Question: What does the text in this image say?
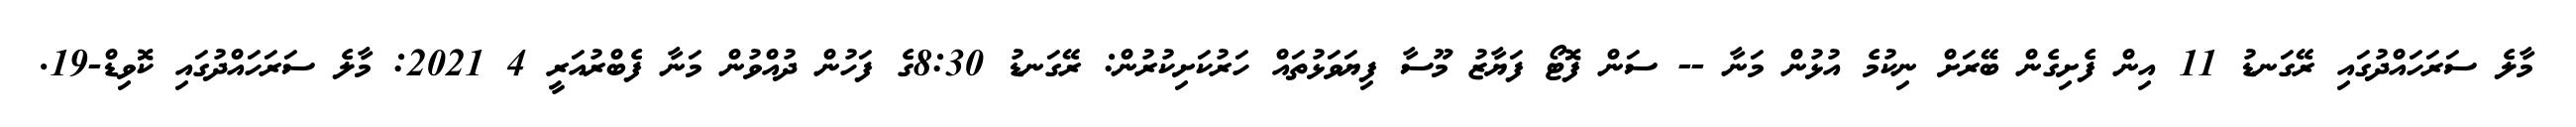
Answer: މާލެ ސަރަހައްދުގައި ރޭގަނޑު 11 އިން ފެށިގެން ބޭރަށް ނިކުމެ އުޅުން މަނާ -- ސަން ފޮޓޯ ފަޔާޒު މޫސާ ފިޔަވަޅުތައް ހަރުކަށިކުރުން: ރޭގަނޑު 8:30ގެ ފަހުން ދުއްވުން މަނާ ފެބްރުއަރީ 4 2021: މާލެ ސަރަހައްދުގައި ކޮވިޑް-19.